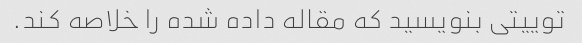
توییتی بنویسید که مقاله داده شده را خلاصه کند.